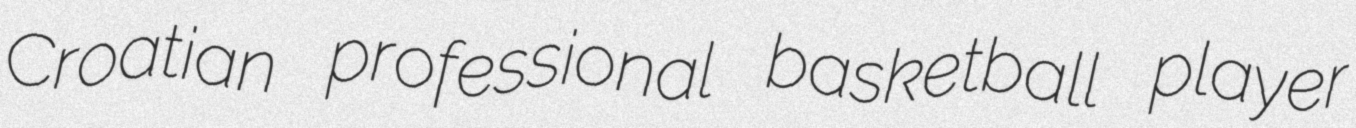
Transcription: Croatian professional basketball player